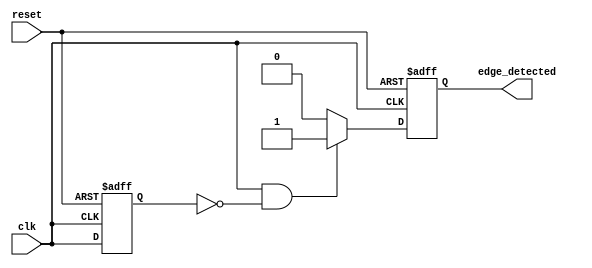
module edge_detector (
    input wire clk,             // Input signal
    input wire reset,           // Asynchronous reset
    output reg edge_detected    // Output signal for edge detection
);
    reg prev_state;             // Register to hold the previous state of the input signal

    // Asynchronous reset and main logic
    always @(posedge clk or posedge reset) begin
        if (reset) begin
            prev_state <= 1'b0;    // Initialize to known state (0)
            edge_detected <= 1'b0;  // Initialize output to low
        end
        else begin
            // Edge detection logic
            if (clk == 1'b1 && prev_state == 1'b0) begin
                edge_detected <= 1'b1; // Rising edge detected
            end else begin
                edge_detected <= 1'b0;  // Reset the pulse
            end
            
            // Store the current state for the next clock cycle
            prev_state <= clk;         // Update previous state
        end
    end
endmodule